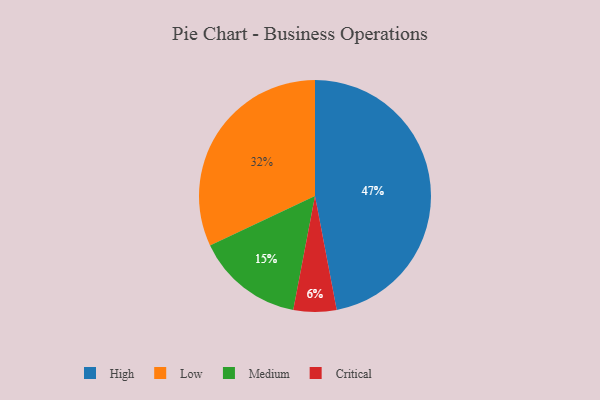
{"axis": {"x": "Category", "y": "Percentage"}, "legend": ["Critical", "High", "Low", "Medium"], "data": [{"x": "Medium", "y": 15, "type": "Medium"}, {"x": "Low", "y": 32, "type": "Low"}, {"x": "High", "y": 47, "type": "High"}, {"x": "Critical", "y": 6, "type": "Critical"}]}